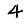
Digit: 4